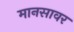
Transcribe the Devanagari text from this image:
मानसावर